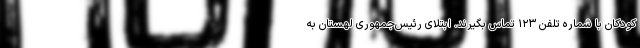
کودکان با شماره تلفن ۱۲۳ تماس بگیرند. ابتلای رئیس‌جمهوری لهستان به